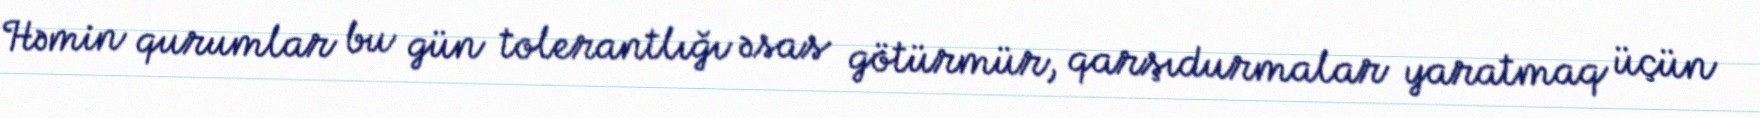
Həmin qurumlar bu gün tolerantlığı əsas götürmür, qarşıdurmalar yaratmaq üçün